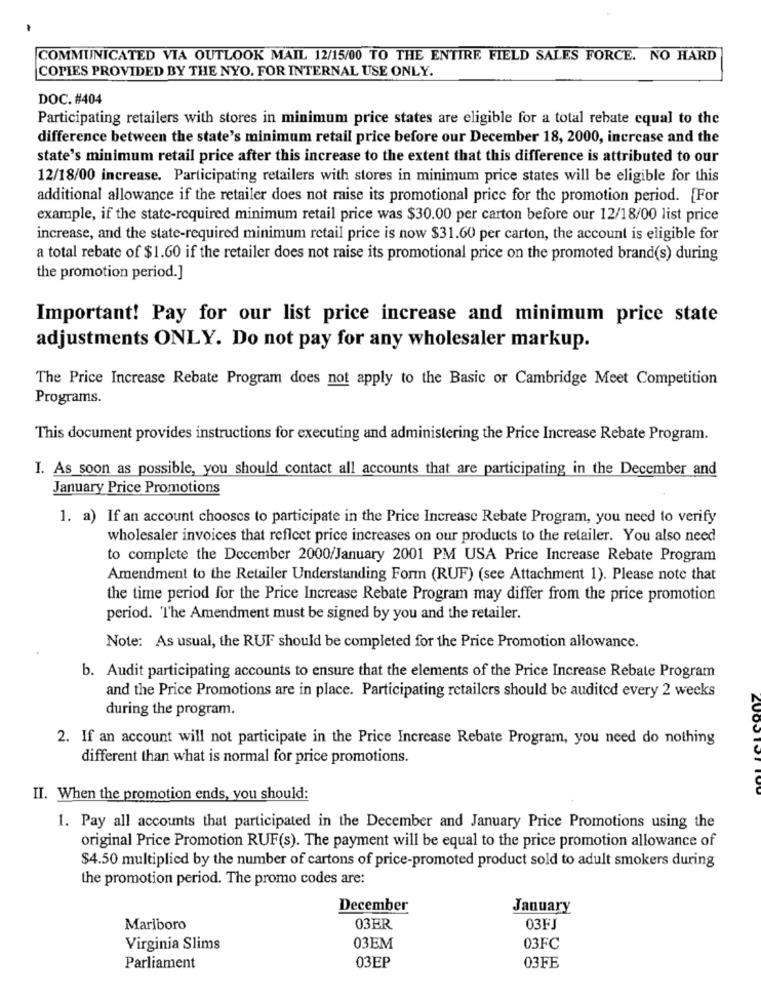
COMMUNICATED VIA OUTLOOK MAIL 12/15/00 TO THE ENTIRE FIELD SALES FORCE. NO HARD
COPIES PROVIDED BY THE NYO. FOR INTERNAL USE ONLY.
DOC. #404
Participating retailers with stores in minimum price states are eligible for a total rebate equal to the
difference between the state's minimum retail price before our December 18, 2000, increase and the
state's minimum retail price after this increase to the extent that this difference is attributed to our
12/18/00 increase. Participating retailers with stores in minimum price states will be eligible for this
additional allowance if the retailer does not raise its promotional price for the promotion period. [For
example, if the state-required minimum retail price was $30.00 per carton before our 12/18/00 list price
increase, and the state-required minimum retail price is now $31.60 per carton, the account is eligible for
a total rebate of $1.60 if the retailer does not raise its promotional price on the promoted brand(s) during
the promotion period.]
Important! Pay for our list price increase and minimum price state
adjustments ONLY. Do not pay for any wholesaler markup.
The Price Increase Rebate Program does not apply to the Basic or Cambridge Meet Competition
Programs.
This document provides instructions for executing and administering the Price Increase Rebate Program.
I. As soon as possible, you should contact all accounts that are participating in the December and
January Price Promotions
1. a) If an account chooses to participate in the Price Increase Rebate Program, you need to verify
wholesaler invoices that reflect price increases on our products to the retailer. You also need
to complete the December 2000/January 2001 PM USA Price Increase Rebate Program
Amendment to the Retailer Understanding Form (RUF) (see Attachment 1). Please note that
the time period for the Price Increase Rebate Program may differ from the price promotion
period. The Amendment must be signed by you and the retailer.
Note: As usual, the RUF should be completed for the Price Promotion allowance.
b. Audit participating accounts to ensure that the elements of the Price Increase Rebate Program
and the Price Promotions are in place. Participating retailers should be audited every 2 weeks
during the program.
2. If an account will not participate in the Price Increase Rebate Program, you need do nothing
different than what is normal for price promotions.
II. When the promotion ends, you should:
1. Pay all accounts that participated in the December and January Price Promotions using the
original Price Promotion RUF(s). The payment will be equal to the price promotion allowance of
$4.50 multiplied by the number of cartons of price-promoted product sold to adult smokers during
the promotion period. The promo codes are:
December
January
Marlboro
03ER
03FJ
Virginia Slims
03EM
03FC
Parliament
03EP
03FE